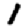
Digit: 1